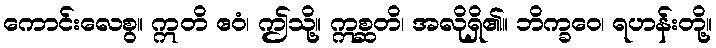
ကောင်းလေစွ။ ဣတိ ဧဝံ၊ ဤသို့။ ဣစ္ဆတိ၊ အလိုရှိ၏။ ဘိက္ခဝေ၊ ရဟန်းတို့။